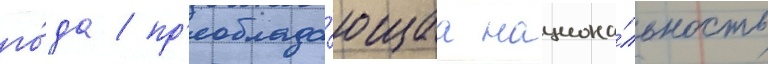
го́да / пр'еоблада́ющаа национа́льность